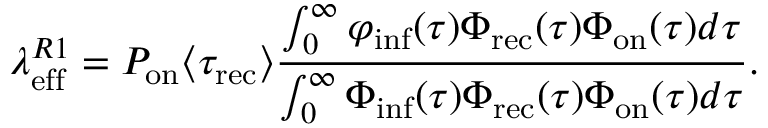
\lambda _ { \mathrm { e f f } } ^ { R 1 } = P _ { \mathrm { o n } } \langle \tau _ { \mathrm { r e c } } \rangle \frac { \int _ { 0 } ^ { \infty } \varphi _ { \mathrm { i n f } } ( \tau ) \Phi _ { \mathrm { r e c } } ( \tau ) \Phi _ { \mathrm { o n } } ( \tau ) d \tau } { \int _ { 0 } ^ { \infty } \Phi _ { \mathrm { i n f } } ( \tau ) \Phi _ { \mathrm { r e c } } ( \tau ) \Phi _ { \mathrm { o n } } ( \tau ) d \tau } .